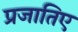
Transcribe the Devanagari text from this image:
प्रजातिए